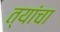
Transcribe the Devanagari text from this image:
त्यांंचा